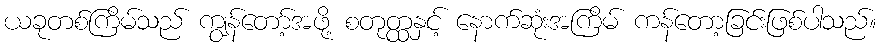
ယခုတစ်ကြိမ်သည် ကျွန်တော့်အဖို့ စတုတ္ထနှင့် နောက်ဆုံးအကြိမ် ကန်တော့ခြင်းဖြစ်ပါသည်။